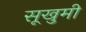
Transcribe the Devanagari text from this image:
सूखुमी